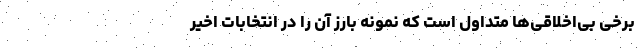
برخی بی‌اخلاقی‌ها متداول است که نمونه بارز آن را در انتخابات اخیر